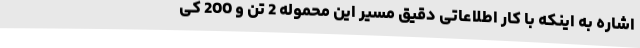
اشاره به اینکه با کار اطلاعاتی دقیق مسیر این محموله 2 تن و 200 کی